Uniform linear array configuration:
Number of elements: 32
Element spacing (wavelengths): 0.5
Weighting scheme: cosine
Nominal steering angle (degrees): -15
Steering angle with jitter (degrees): -16.302
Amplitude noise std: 0.05
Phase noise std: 0.05

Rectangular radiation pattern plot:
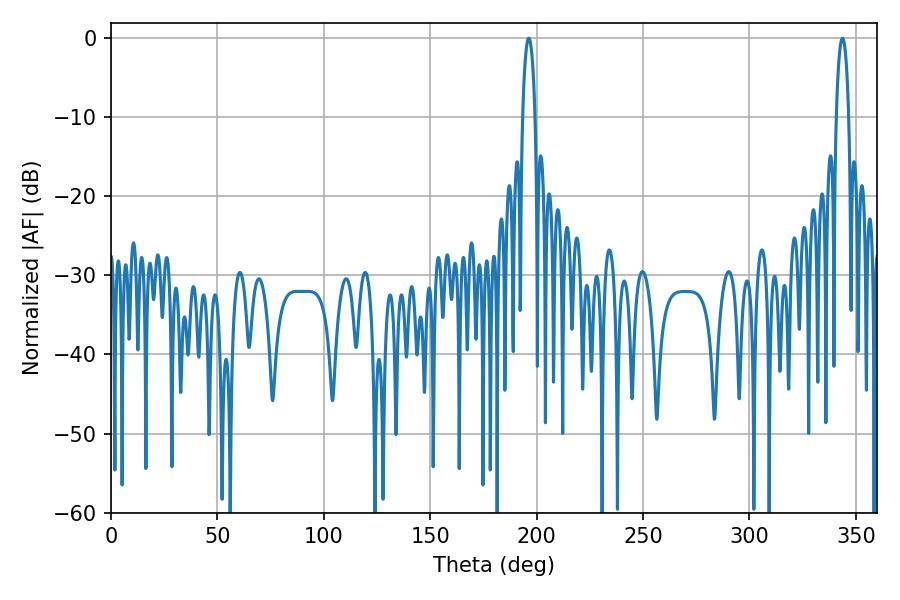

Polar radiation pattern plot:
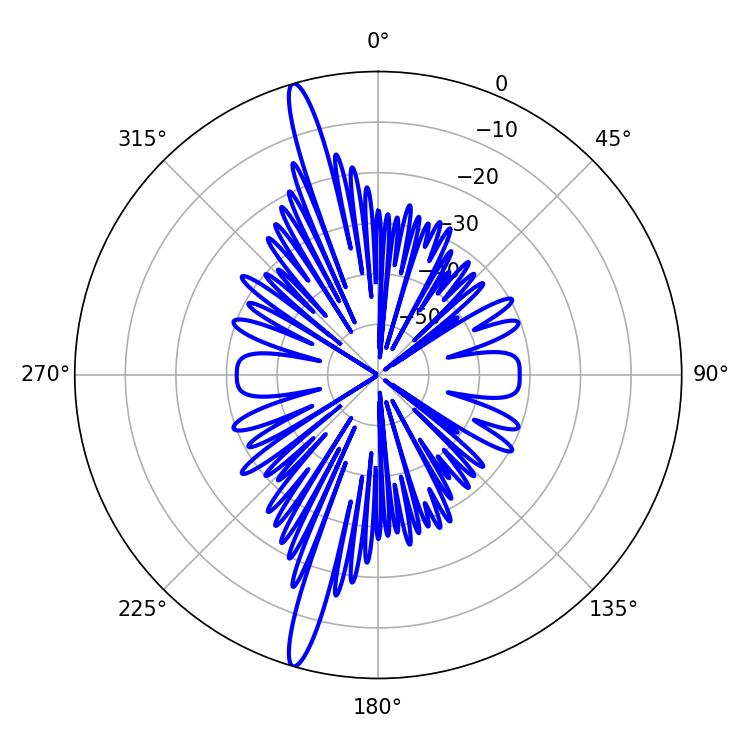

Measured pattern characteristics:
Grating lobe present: FALSE
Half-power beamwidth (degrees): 3.42
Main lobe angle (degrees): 343.62